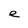
Character: e